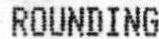
ROUNDING